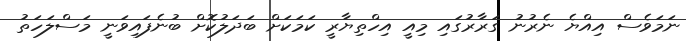
ނަމަވެސް އިއްޔެ ނެރުނު ގަރާރުގައި މިއީ އިހްތިޔާރީ ކަމަކަށް ބަދަލުކޮށް ބުނެފައިވަނީ މަސްލަހަތު